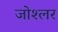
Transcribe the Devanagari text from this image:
जोश्लर